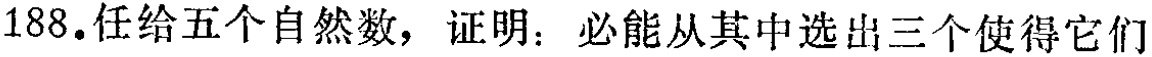
188.任给五个自然数，证明：必能从其中选出三个使得它们